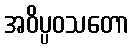
အဝိပ္ပဝသတော